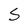
Character: S